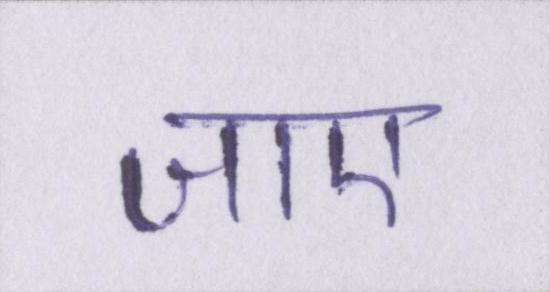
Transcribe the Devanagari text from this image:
जाए